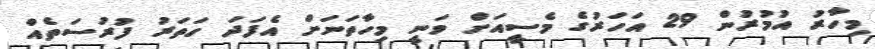
މިހާރު އުމުރުން 29 އަހަރުގެ މެސީއަށް ވަނީ މިހާތަނަށް އެފަދަ ހަތަރު ފުރުސަތެއް